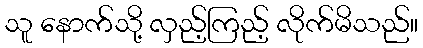
သူ နောက်သို့ လှည့်ကြည့် လိုက်မိသည်။